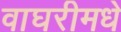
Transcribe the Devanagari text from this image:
वाघरीमधे